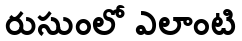
రుసుంలో ఎలాంటి